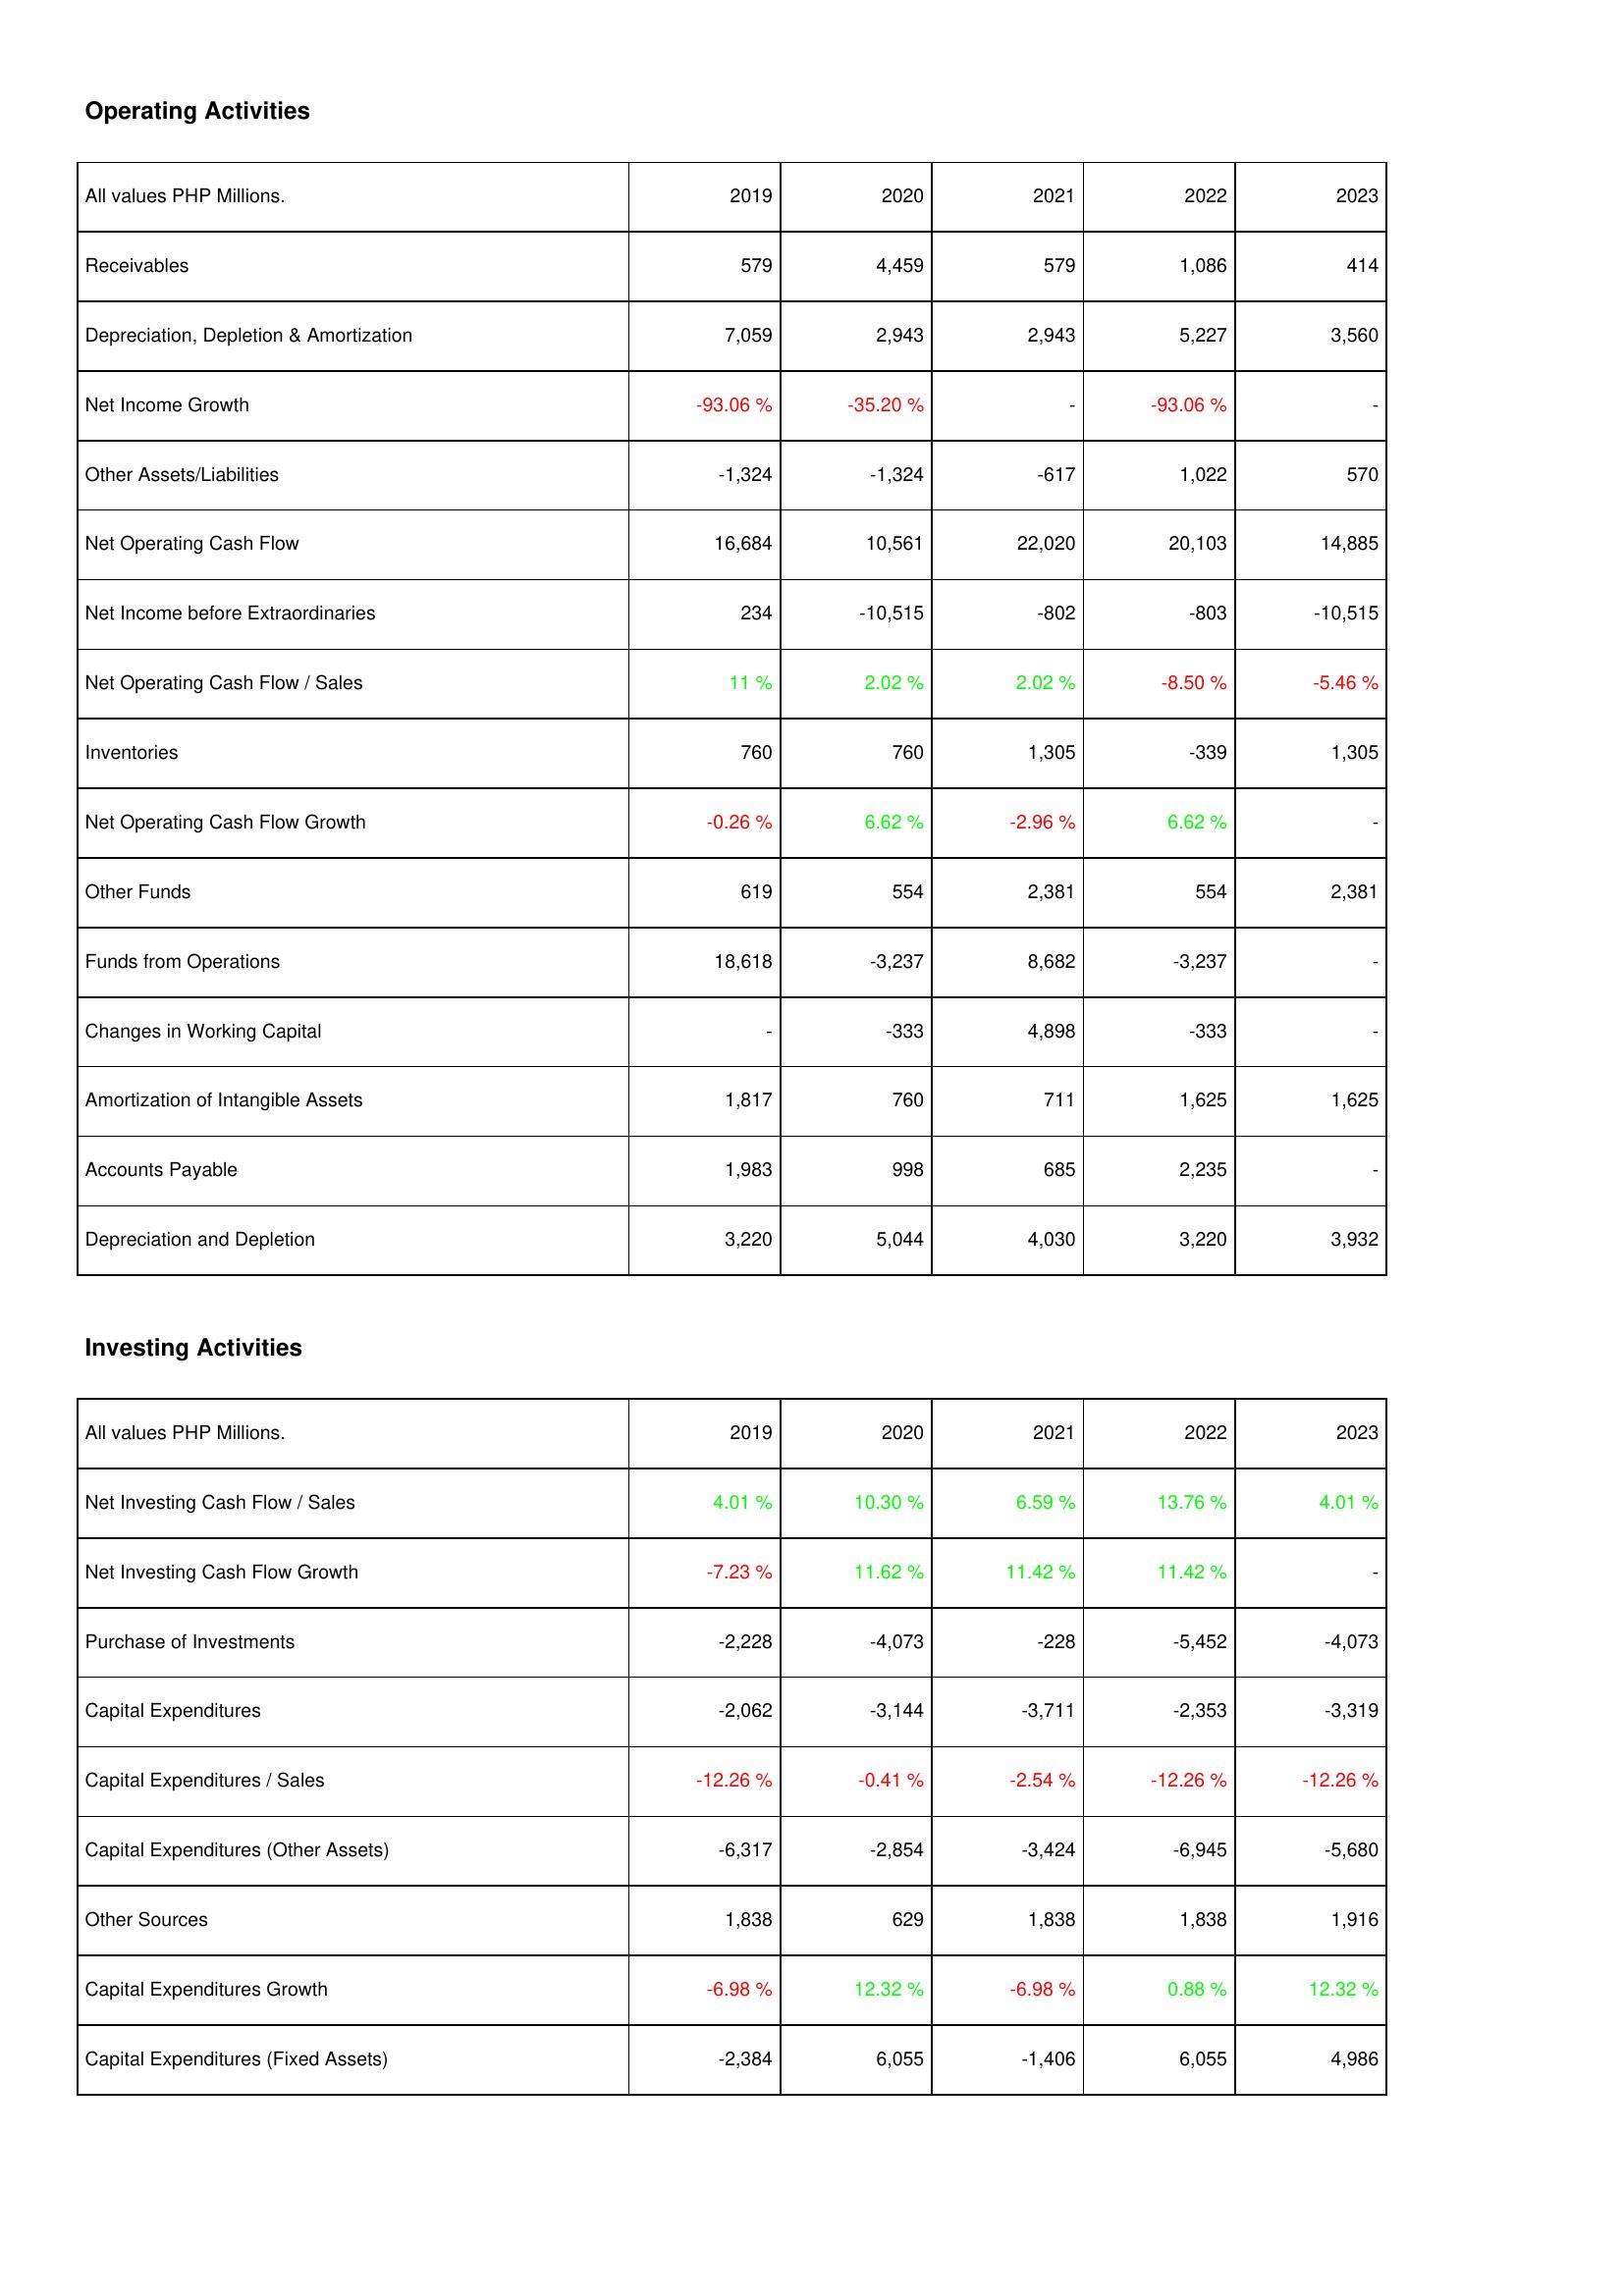
2019: Operating Activities: Receivables: 579
Depreciation, Depletion & Amortization: 7,059
Net Income Growth: -93.06 %
Other Assets/Liabilities: -1,324
Net Operating Cash Flow: 16,684
Net Income before Extraordinaries: 234
Net Operating Cash Flow / Sales: 11 %
Inventories: 760
Net Operating Cash Flow Growth: -0.26 %
Other Funds: 619
Funds from Operations: 18,618
Changes in Working Capital: -
Amortization of Intangible Assets: 1,817
Accounts Payable: 1,983
Depreciation and Depletion: 3,220
Investing Activities: Net Investing Cash Flow / Sales: 4.01 %
Net Investing Cash Flow Growth: -7.23 %
Purchase of Investments: -2,228
Capital Expenditures: -2,062
Capital Expenditures / Sales: -12.26 %
Capital Expenditures (Other Assets): -6,317
Other Sources: 1,838
Capital Expenditures Growth: -6.98 %
Capital Expenditures (Fixed Assets): -2,384
2020: Operating Activities: Receivables: 4,459
Depreciation, Depletion & Amortization: 2,943
Net Income Growth: -35.20 %
Other Assets/Liabilities: -1,324
Net Operating Cash Flow: 10,561
Net Income before Extraordinaries: -10,515
Net Operating Cash Flow / Sales: 2.02 %
Inventories: 760
Net Operating Cash Flow Growth: 6.62 %
Other Funds: 554
Funds from Operations: -3,237
Changes in Working Capital: -333
Amortization of Intangible Assets: 760
Accounts Payable: 998
Depreciation and Depletion: 5,044
Investing Activities: Net Investing Cash Flow / Sales: 10.30 %
Net Investing Cash Flow Growth: 11.62 %
Purchase of Investments: -4,073
Capital Expenditures: -3,144
Capital Expenditures / Sales: -0.41 %
Capital Expenditures (Other Assets): -2,854
Other Sources: 629
Capital Expenditures Growth: 12.32 %
Capital Expenditures (Fixed Assets): 6,055
2021: Operating Activities: Receivables: 579
Depreciation, Depletion & Amortization: 2,943
Net Income Growth: -
Other Assets/Liabilities: -617
Net Operating Cash Flow: 22,020
Net Income before Extraordinaries: -802
Net Operating Cash Flow / Sales: 2.02 %
Inventories: 1,305
Net Operating Cash Flow Growth: -2.96 %
Other Funds: 2,381
Funds from Operations: 8,682
Changes in Working Capital: 4,898
Amortization of Intangible Assets: 711
Accounts Payable: 685
Depreciation and Depletion: 4,030
Investing Activities: Net Investing Cash Flow / Sales: 6.59 %
Net Investing Cash Flow Growth: 11.42 %
Purchase of Investments: -228
Capital Expenditures: -3,711
Capital Expenditures / Sales: -2.54 %
Capital Expenditures (Other Assets): -3,424
Other Sources: 1,838
Capital Expenditures Growth: -6.98 %
Capital Expenditures (Fixed Assets): -1,406
2022: Operating Activities: Receivables: 1,086
Depreciation, Depletion & Amortization: 5,227
Net Income Growth: -93.06 %
Other Assets/Liabilities: 1,022
Net Operating Cash Flow: 20,103
Net Income before Extraordinaries: -803
Net Operating Cash Flow / Sales: -8.50 %
Inventories: -339
Net Operating Cash Flow Growth: 6.62 %
Other Funds: 554
Funds from Operations: -3,237
Changes in Working Capital: -333
Amortization of Intangible Assets: 1,625
Accounts Payable: 2,235
Depreciation and Depletion: 3,220
Investing Activities: Net Investing Cash Flow / Sales: 13.76 %
Net Investing Cash Flow Growth: 11.42 %
Purchase of Investments: -5,452
Capital Expenditures: -2,353
Capital Expenditures / Sales: -12.26 %
Capital Expenditures (Other Assets): -6,945
Other Sources: 1,838
Capital Expenditures Growth: 0.88 %
Capital Expenditures (Fixed Assets): 6,055
2023: Operating Activities: Receivables: 414
Depreciation, Depletion & Amortization: 3,560
Net Income Growth: -
Other Assets/Liabilities: 570
Net Operating Cash Flow: 14,885
Net Income before Extraordinaries: -10,515
Net Operating Cash Flow / Sales: -5.46 %
Inventories: 1,305
Net Operating Cash Flow Growth: -
Other Funds: 2,381
Funds from Operations: -
Changes in Working Capital: -
Amortization of Intangible Assets: 1,625
Accounts Payable: -
Depreciation and Depletion: 3,932
Investing Activities: Net Investing Cash Flow / Sales: 4.01 %
Net Investing Cash Flow Growth: -
Purchase of Investments: -4,073
Capital Expenditures: -3,319
Capital Expenditures / Sales: -12.26 %
Capital Expenditures (Other Assets): -5,680
Other Sources: 1,916
Capital Expenditures Growth: 12.32 %
Capital Expenditures (Fixed Assets): 4,986